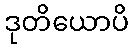
ဒုတိယောပိ